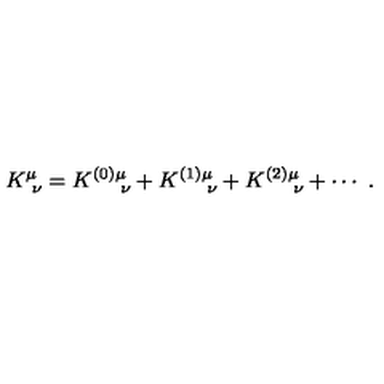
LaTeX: K _ { \ \nu } ^ { \mu } = K _ { \quad \ \nu } ^ { ( 0 ) \mu } + K _ { \quad \ \nu } ^ { ( 1 ) \mu } + K _ { \quad \ \nu } ^ { ( 2 ) \mu } + \cdots \ .